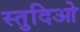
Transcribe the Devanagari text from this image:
स्तुदिओ